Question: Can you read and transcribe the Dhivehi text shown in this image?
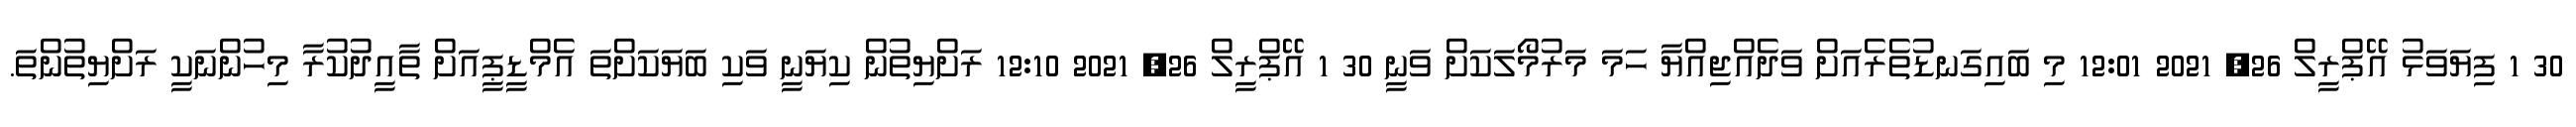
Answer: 30 1 ފިޔަވަޅު އޭޕްރީލް 26, 2021 12:01 މި ބައިގަނޑުތެރެއަށް ވަދެއްޖިއްޔާ ހަމަ މަރުމޯލަކަށް ވަނީ 30 1 އޭޕްރީލް 26, 2021 12:10 ރަށްޔިތުން ކިޔަނީ ވަކި ބަޔަކަށްތަ އެމްޑީޕީއަށް ތާއީދުކުރާ މިހުންނަކީ ރަށްޔިތުންތަ.